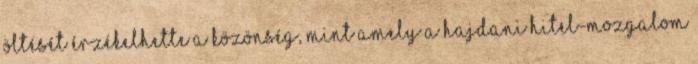
öltését érzékelhette a közönség, mint amely a hajdani Hitel-mozgalom